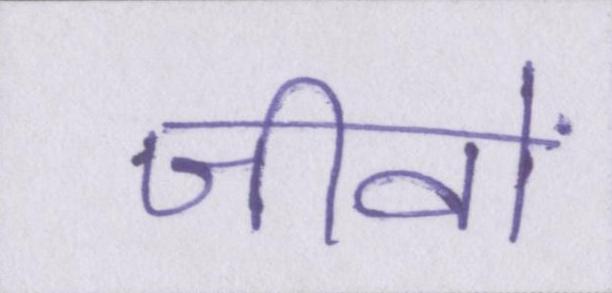
जीवों